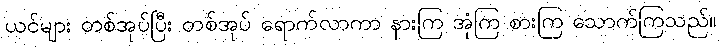
ယင်များ တစ်အုပ်ပြီး တစ်အုပ် ရောက်လာကာ နားကြ အုံကြ စားကြ သောက်ကြသည်။